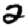
Digit: 2